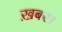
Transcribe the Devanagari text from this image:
ख़बर।